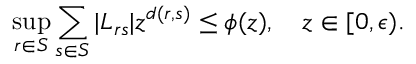
\operatorname * { s u p } _ { r \in S } { \sum _ { s \in S } { | L _ { r s } | z ^ { d ( r , s ) } \le \phi ( z ) } } , \quad z \in [ 0 , \epsilon ) .